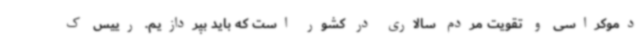
دموکراسی و تقویت مردم سالاری در کشور است که باید بپردازیم. رییس ک